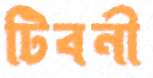
টিবনী